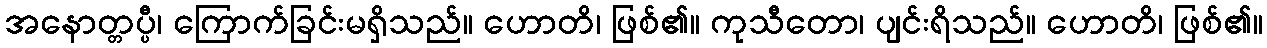
အနောတ္တပ္ပီ၊ ကြောက်ခြင်းမရှိသည်။ ဟောတိ၊ ဖြစ်၏။ ကုသီတော၊ ပျင်းရိသည်။ ဟောတိ၊ ဖြစ်၏။